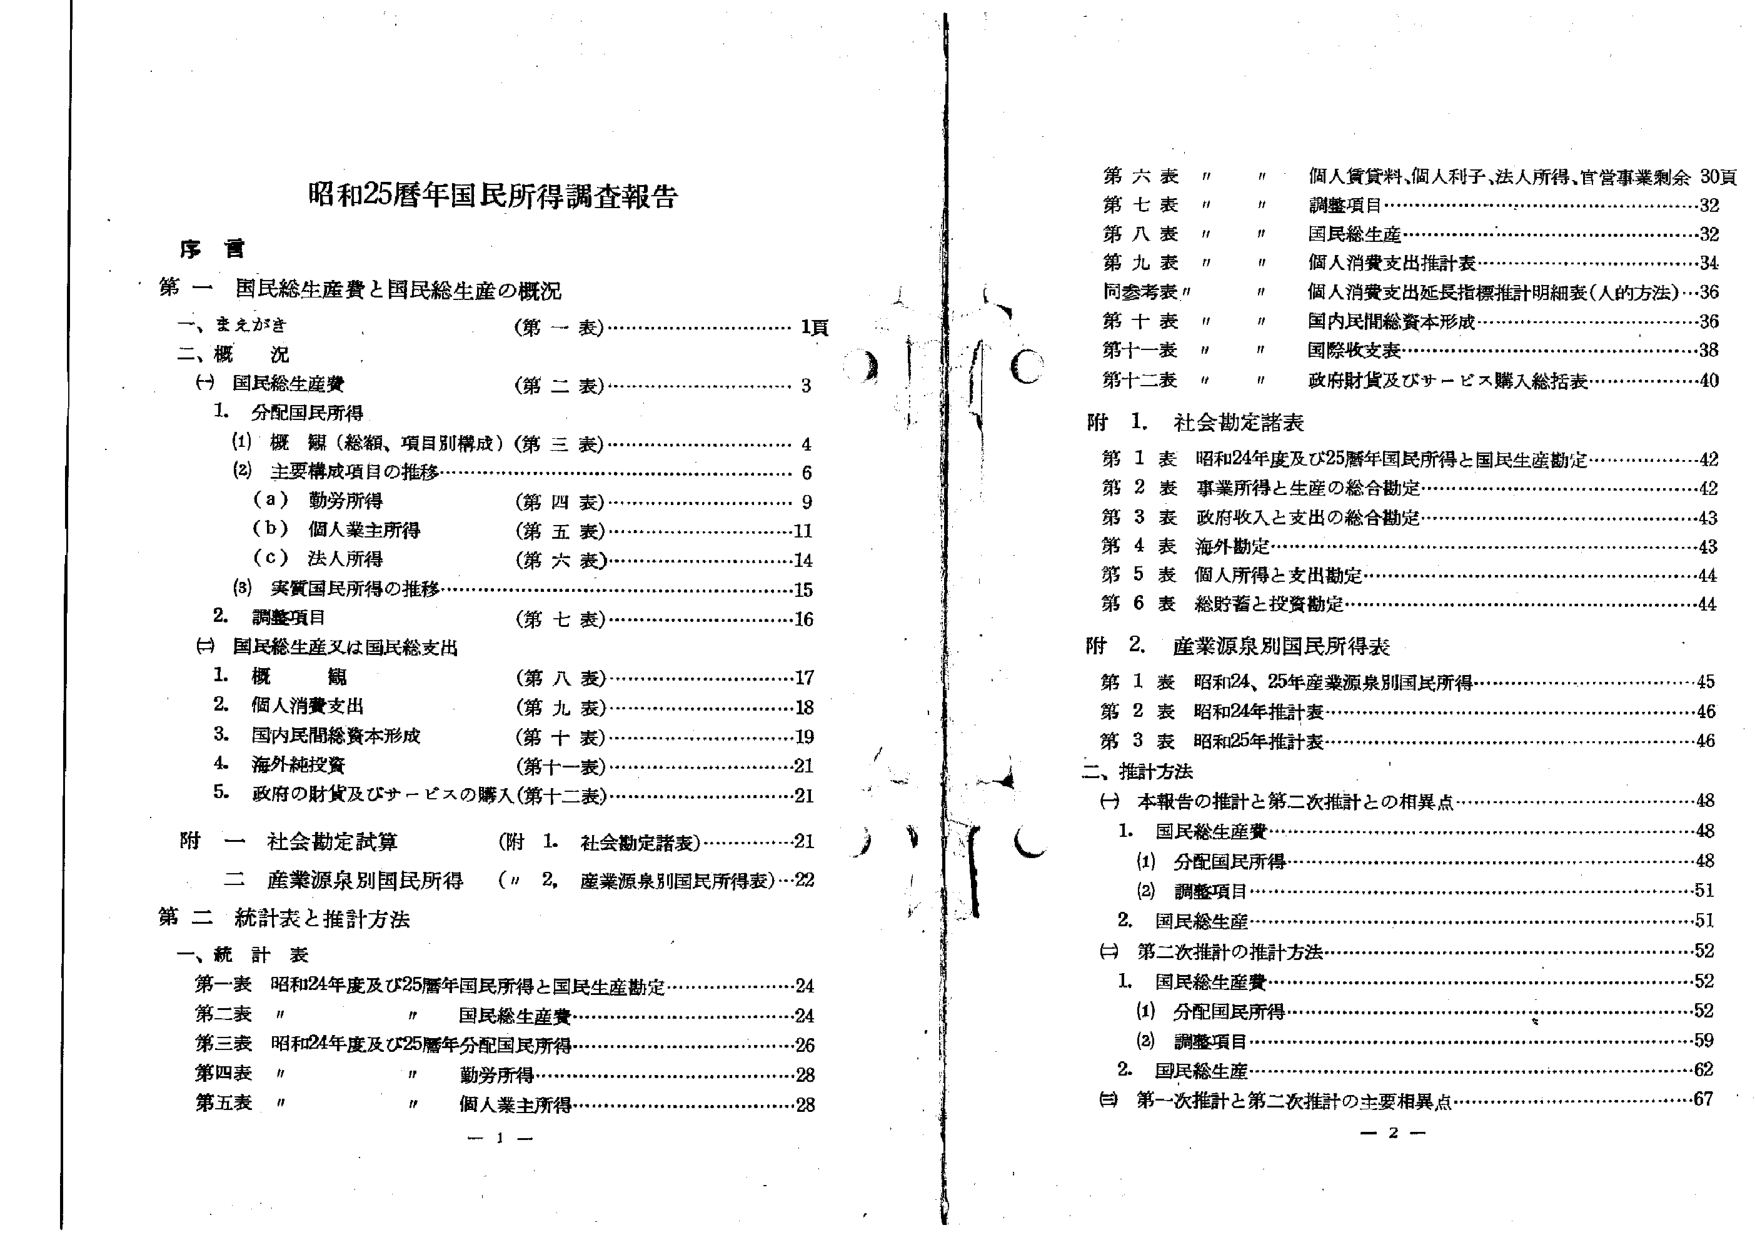
昭和25暦年国民所得調査報告

序言

第一 国民総生産費と国民総生産の概況
一、まえがき （第一表）……………………………1頁
二、概況
（一）国民総生産費 （第二表）……………………………3
　1. 分配国民所得
　　（1）概観（総額、項目別構成）（第三表）………………4
　　（2）主要構成項目の推移……………………………………6
　　　（a）勤労所得 （第四表）……………………………9
　　　（b）個人業主所得 （第五表）………………………11
　　　（c）法人所得 （第六表）……………………………14
　　（3）実質国民所得の推移…………………………………15
　2. 調整項目 （第七表）……………………………………16
（二）国民総生産又は国民総支出
　1. 概観 （第八表）………………………………………17
　2. 個人消費支出 （第九表）……………………………18
　3. 国内民間総資本形成 （第十表）……………………19
　4. 海外純投資 （第十一表）……………………………21
　5. 政府の財貨及びサービスの購入（第十二表）………21

附一 社会勘定試算 （附1. 社会勘定諸表）………………21
　二 産業源泉別国民所得 （〃2. 産業源泉別国民所得表）…22

第二 統計表と推計方法

一、統計表
第一表 昭和24年度及び25暦年国民所得と国民生産勘定…………24
第二表 〃 〃 国民総生産費……………………………………24
第三表 昭和24年度及び25暦年分配国民所得……………………26
第四表 〃 〃 勤労所得…………………………………………28
第五表 〃 〃 個人業主所得………………………………………28

第六表 〃 〃 個人賃貸料、個人利子、法人所得、官営事業剰余 30頁
第七表 〃 〃 調整項目…………………………………………32
第八表 〃 〃 国民総生産…………………………………………32
第九表 〃 〃 個人消費支出推計表………………………………34
同参考表 〃 〃 個人消費支出延長指標推計明細表（人的方法）…36
第十表 〃 〃 国内民間総資本形成………………………………36
第十一表 〃 〃 国際収支表………………………………………38
第十二表 〃 〃 政府財貨及びサービス購入総括表………………40

附1. 社会勘定諸表
第1表 昭和24年度及び25暦年国民所得と国民生産勘定…………42
第2表 事業所得と生産の総合勘定………………………………42
第3表 政府収入と支出の総合勘定………………………………43
第4表 海外勘定…………………………………………………43
第5表 個人所得と支出勘定………………………………………44
第6表 総貯蓄と投資勘定………………………………………44

附2. 産業源泉別国民所得表
第1表 昭和24、25年産業源泉別国民所得………………………45
第2表 昭和24年推計表…………………………………………46
第3表 昭和25年推計表…………………………………………46

二、推計方法
（一）本報告の推計と第二次推計との相異点……………………48
　1. 国民総生産費………………………………………………48
　　（1）分配国民所得…………………………………………48
　　（2）調整項目………………………………………………51
　2. 国民総生産…………………………………………………51
（二）第二次推計の推計方法……………………………………52
　1. 国民総生産費………………………………………………52
　　（1）分配国民所得…………………………………………52
　　（2）調整項目………………………………………………59
　2. 国民総生産…………………………………………………62
（三）第一次推計と第二次推計の主要相異点……………………67

－1－
－2－